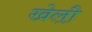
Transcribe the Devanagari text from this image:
खेल़ो़ं